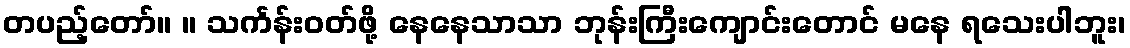
တပည့်တော်။ ။ သင်္ကန်းဝတ်ဖို့ နေနေသာသာ ဘုန်းကြီးကျောင်းတောင် မနေ ရသေးပါဘူး၊